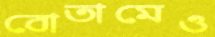
বোতামেও